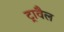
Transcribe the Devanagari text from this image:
ट्रावैल